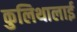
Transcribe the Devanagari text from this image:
कुलिथालाई